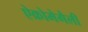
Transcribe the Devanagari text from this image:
ऐक्रोमेगैली